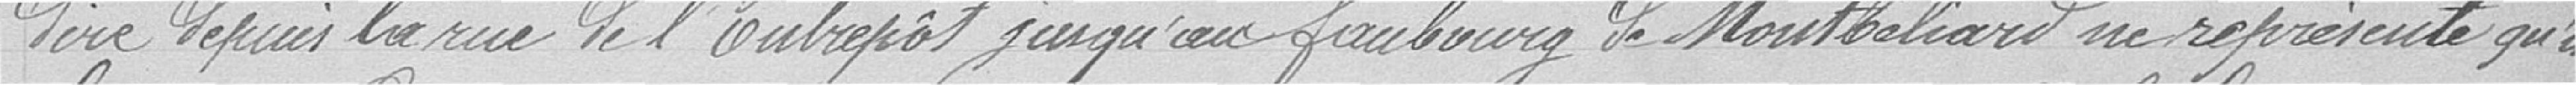
dire depuis la rue de l'Entrepôt jusqu'au faubourg de Montbéliard ne représente qu'une